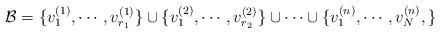
LaTeX: \begin{align*}\mathcal{B}=\{v_1^{(1)},\cdots, v_{r_1}^{(1)}\}\cup\{v_1^{(2)},\cdots, v_{r_2}^{(2)}\}\cup\cdots\cup\{v_1^{(n)},\cdots, v_{N}^{(n)},\}\end{align*}